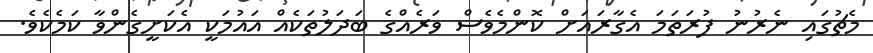
މެޗުގައި ނެރުނު ފުރަތަމަ އެގާރައަށް ކޮންމެވެސް ވަރެއްގެ ބަދަލުތަކެއް އައުމަކީ އެކަށީގެންވާ ކަމެކެވެ.